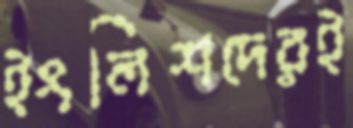
ইংলিশদেরই